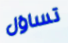
تساؤل